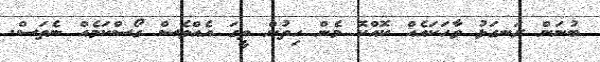
ބުނަން ރަނގަޅު ވާހަކައެއް ކޮއްކޮ މެން ހިތުން ތީގަ އެއްވެސް ގޯސްކަމެއް ނެތަސް.